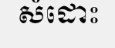
សំដោះ